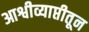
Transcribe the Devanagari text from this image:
आश्वीव्याप्तीतून